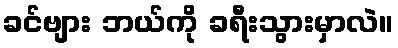
ခင်ဗျား ဘယ်ကို ခရီးသွားမှာလဲ။